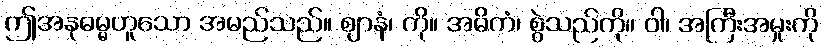
ဤအနုဓမ္မဟူသော အမည်သည်။ ဈာနံ၊ ကို။ အဓိကံ၊ စွဲသည်ကို။ ဝါ၊ အကြီးအမှုးကို